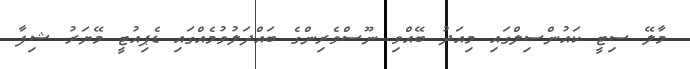
މާލޭ ސިޓީ ކައުންސިލްގައި މިއަދު ބޭއްވި ނޫސްވެރިންގެ ބައްދަލުވުމެއްގައި ޑެޕިއުޓީ މޭޔަރު ޝިފާ